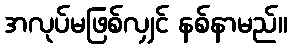
အလုပ်မဖြစ်လျှင် နစ်နာမည်။